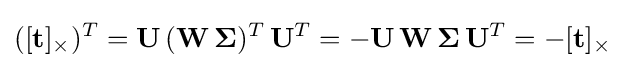
([\mathbf {t} ]_{\times })^{T}=\mathbf {U} \,(\mathbf {W} \,\mathbf {\Sigma } )^{T}\,\mathbf {U} ^{T}=-\mathbf {U} \,\mathbf {W} \,\mathbf {\Sigma } \,\mathbf {U} ^{T}=-[\mathbf {t} ]_{\times }